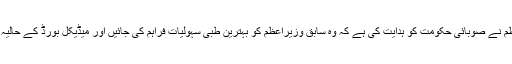
ان کا کہنا تھا کہ وزیراعظم نے صوبائی حکومت کو ہدایت کی ہے کہ وہ سابق وزیراعظم کو بہترین طبی سہولیات فراہم کی جائیں اور میڈیکل بورڈ کے حالیہ سفارشارت پرعمل کریں۔